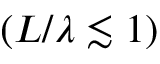
( L / \lambda \lesssim 1 )